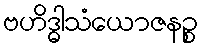
ဗဟိဒ္ဓါသံယောဇနဉ္စ